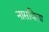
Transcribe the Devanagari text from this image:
नासविला